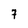
Character: 7